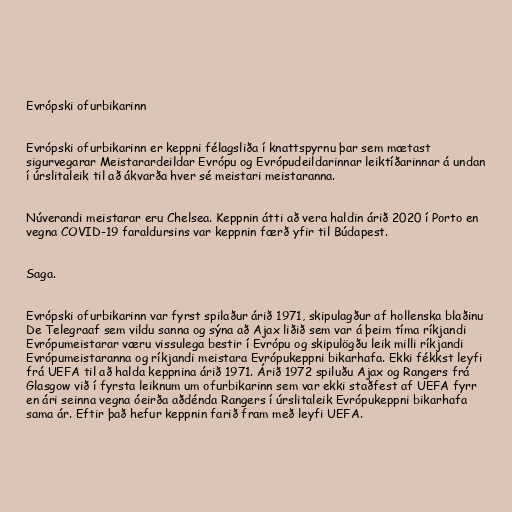
Evrópski ofurbikarinn

Evrópski ofurbikarinn er keppni félagsliða í knattspyrnu þar sem mætast
sigurvegarar Meistarardeildar Evrópu og Evrópudeildarinnar leiktíðarinnar á undan
í úrslitaleik til að ákvarða hver sé meistari meistaranna.

Núverandi meistarar eru Chelsea. Keppnin átti að vera haldin árið 2020 í Porto en
vegna COVID-19 faraldursins var keppnin færð yfir til Búdapest.

Saga.

Evrópski ofurbikarinn var fyrst spilaður árið 1971, skipulagður af hollenska blaðinu
De Telegraaf sem vildu sanna og sýna að Ajax liðið sem var á þeim tíma ríkjandi
Evrópumeistarar væru vissulega bestir í Evrópu og skipulögðu leik milli ríkjandi
Evrópumeistaranna og ríkjandi meistara Evrópukeppni bikarhafa. Ekki fékkst leyfi
frá UEFA til að halda keppnina árið 1971. Árið 1972 spiluðu Ajax og Rangers frá
Glasgow við í fyrsta leiknum um ofurbikarinn sem var ekki staðfest af UEFA fyrr
en ári seinna vegna óeirða aðdénda Rangers í úrslitaleik Evrópukeppni bikarhafa
sama ár. Eftir það hefur keppnin farið fram með leyfi UEFA.